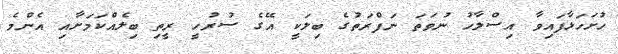
ހުށަހަޅާފައިވާ އިސްލާހު ނުވަތަ ނަފްރަތުގެ ބިލަކީ އޭގެ ސުރުހީ ރީތި ބިލެއްކަމަށާއި އެންމެ